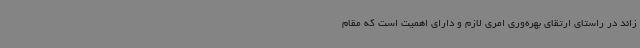
زائد در راستای ارتقای بهره‌وری امری لازم و دارای اهمیت است که مقام